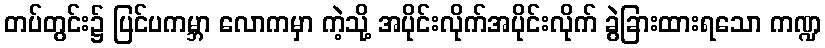
တပ်တွင်း၌ ပြင်ပကမ္ဘာ လောကမှာ ကဲ့သို့ အပိုင်းလိုက်အပိုင်းလိုက် ခွဲခြားထားရသော ကဏ္ဍ